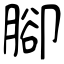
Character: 腳